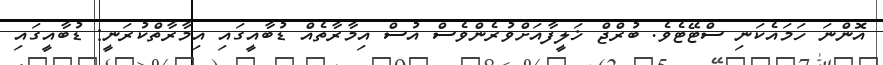
އޮންނަ ހަމައެކަނި ސްޓޭޓެވެ. ބުރްޖް ޚަލީފާއަށްވުރެންވެސް އުސް އިމާރާތެއް ޑުބާއީގައި އިމާރާތްކުރަނީ: ޑުބާއީގައި